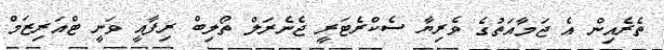
ތެރެއިން އެ ޖަމާއަތުގެ ވެރިޔާ ސެކްރެޓަރީ ޖެނެރަލް ތޯލިބް ރިފާއީ ވަނީ ޓްއަރިޒަމް